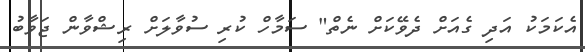
އެކަމަކު އަދި ގެއަށް ދެވޭކަށް ނެތް" ސަމާހް ކުރި ސުވާލަށް ރިޝްވާން ޖަވާބު